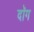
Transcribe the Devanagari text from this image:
दॉग